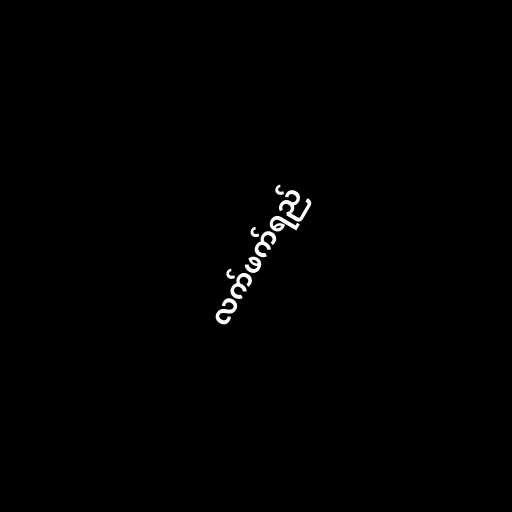
လက်ဖက်ရည်